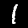
Digit: 1